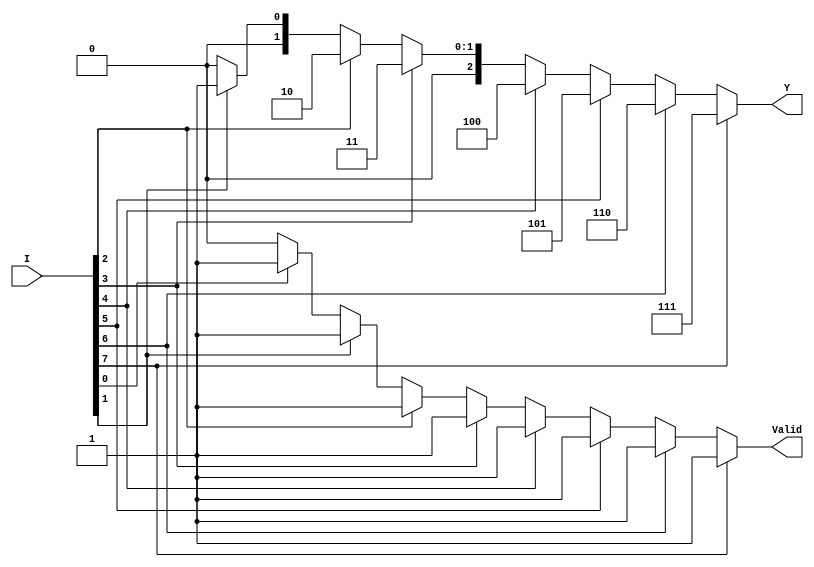
module encoder_8to3 (
    input  wire [7:0] I,     // 8 input lines
    output reg  [2:0] Y,     // 3-bit output
    output reg        Valid    // Valid output signal
);

    always @(*) begin
        // Default outputs
        Y = 3'b000;  // Default output
        Valid = 1'b0; // Default valid signal

        // Check inputs from I7 to I0 for priority encoding
        if (I[7]) begin
            Y = 3'b111; // I7 active
            Valid = 1'b1;
        end else if (I[6]) begin
            Y = 3'b110; // I6 active
            Valid = 1'b1;
        end else if (I[5]) begin
            Y = 3'b101; // I5 active
            Valid = 1'b1;
        end else if (I[4]) begin
            Y = 3'b100; // I4 active
            Valid = 1'b1;
        end else if (I[3]) begin
            Y = 3'b011; // I3 active
            Valid = 1'b1;
        end else if (I[2]) begin
            Y = 3'b010; // I2 active
            Valid = 1'b1;
        end else if (I[1]) begin
            Y = 3'b001; // I1 active
            Valid = 1'b1;
        end else if (I[0]) begin
            Y = 3'b000; // I0 active
            Valid = 1'b1;
        end
    end

endmodule